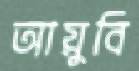
আয়ুবি